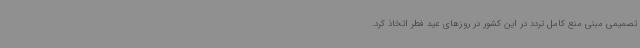
تصمیمی مبنی منع کامل تردد در این کشور در روزهای عید فطر اتخاذ کرد.